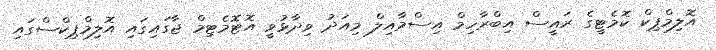
އޮލިމްޕިކް ކޮމެޓީގެ ރައީސް އިބްރާހިމް އިސްމާއިލް މިއަދު ވިދާޅުވީ އޮޓޮމެޓިމް ޖާގައިގައި އޮލިމްޕިކްސްގައި